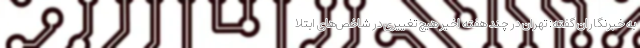
به خبرنگاران گفته: تهران در چند هفته اخیر هیچ تغییری در شاخص‌های ابتلا